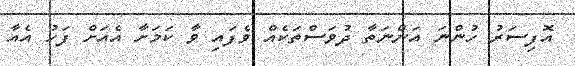
އޮފިސަރު ހުންނަ އަންނަތާ ދުވަސްތަކެއް ވެފައި ވާ ކަމަށާ އެއަށް ފަހު އެއާ